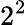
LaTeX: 2^{2}